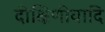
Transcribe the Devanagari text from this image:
दीक्षिणीयादि